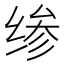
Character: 𰬪